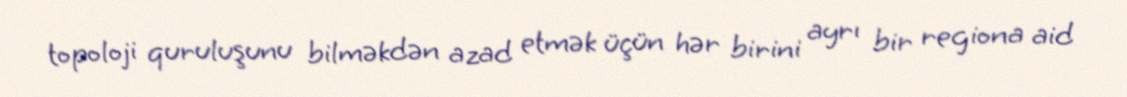
topoloji quruluşunu bilməkdən azad etmək üçün hər birini ayrı bir regiona aid